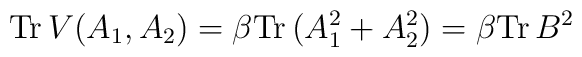
\mbox{Tr} \, V(A_1 ,A_2 ) = \beta \mbox{Tr} \, (A_1^2 + A_2^2 )=\beta \mbox{Tr} \, B^2